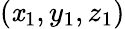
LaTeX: \left(\mathit{x}_{1},y_{1},z_{1}\right)